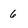
Character: 6